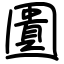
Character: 圚